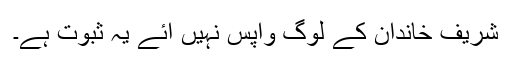
شریف خاندان کے لوگ واپس نہیں آئے یہ ثبوت ہے۔